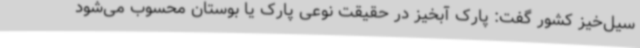
سیل‌خیز کشور گفت: پارک آبخیز در حقیقت نوعی پارک یا بوستان محسوب می‌شود